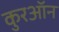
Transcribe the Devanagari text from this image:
कुरऑन